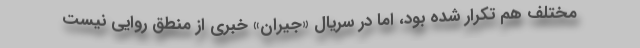
مختلف هم تکرار شده بود، اما در سریال «جیران» خبری از منطق روایی نیست